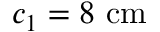
c _ { 1 } = 8 ~ \mathrm { c m }